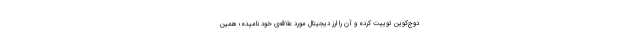
دوج‌کوین توییت کرده و آن را ارز دیجیتال مورد علاقه‌ی خود نامیده؛ همین